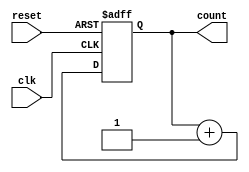
module binary_counter #(parameter N = 4) (
    input wire clk,         // Clock input
    input wire reset,       // Reset input
    output reg [N-1:0] count // N-bit count output
);

// Sequential logic for the binary counter
always @(posedge clk or posedge reset) begin
    if (reset) begin
        count <= 0; // Reset the count to zero
    end else begin
        count <= count + 1; // Increment the count
    end
end

endmodule